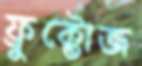
ফ্রুক্টোজ